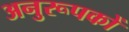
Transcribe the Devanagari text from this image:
अनुरूपकों